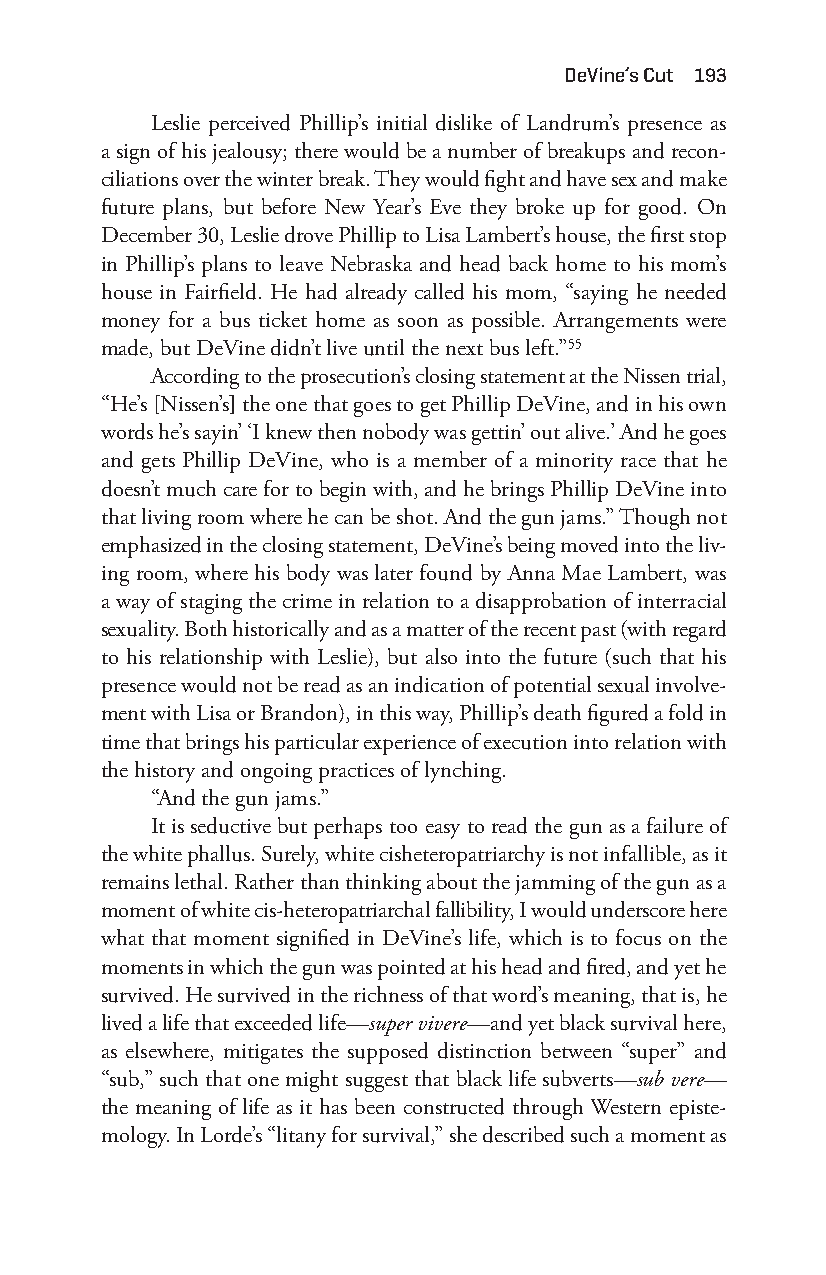
deVine’s cut 193
 Leslie perceived Phillip’s initial dislike of Landrum’s presence as
 a sign of his jealousy; there would be a number of breakups and recon-
 ciliations over the winter break. They would fight and have sex and make
 future plans, but before New Year’s Eve they broke up for good. On
 December 30, Leslie drove Phillip to Lisa Lambert’s house, the first stop
 in Phillip’s plans to leave Nebraska and head back home to his mom’s
 house in Fairfield. He had already called his mom, “saying he needed
 money for a bus ticket home as soon as possible. Arrangements were
 made, but DeVine didn’t live until the next bus left.”55
 According to the prosecution’s closing statement at the Nissen trial,
 “He’s [Nissen’s] the one that goes to get Phillip DeVine, and in his own
 words he’s sayin’ ‘I knew then nobody was gettin’ out alive.’ And he goes
 and gets Phillip DeVine, who is a member of a minority race that he
 doesn’t much care for to begin with, and he brings Phillip DeVine into
 that living room where he can be shot. And the gun jams.” Though not
 emphasized in the closing statement, DeVine’s being moved into the liv-
 ing room, where his body was later found by Anna Mae Lambert, was
 a way of staging the crime in relation to a disapprobation of interracial
 sexuality. Both historically and as a matter of the recent past (with regard
 to his relationship with Leslie), but also into the future (such that his
 presence would not be read as an indication of potential sexual involve-
 ment with Lisa or Brandon), in this way, Phillip’s death figured a fold in
 time that brings his particular experience of execution into relation with
 the history and ongoing practices of lynching.
 “And the gun jams.”
 It is seductive but perhaps too easy to read the gun as a failure of
 the white phallus. Surely, white cisheteropatriarchy is not infallible, as it
 remains lethal. Rather than thinking about the jamming of the gun as a
 moment of white cis- heteropatriarchal fallibility, I would underscore here
 what that moment signified in DeVine’s life, which is to focus on the
 moments in which the gun was pointed at his head and fired, and yet he
 survived. He survived in the richness of that word’s meaning, that is, he
 lived a life that exceeded life— super vivere— and yet black survival here,
 as elsewhere, mitigates the supposed distinction between “super” and
 “sub,” such that one might suggest that black life subverts—s ub vere—
 the meaning of life as it has been constructed through Western episte-
 mology. In Lorde’s “litany for survival,” she described such a moment as
 Snorton.indd 193                            29/09/2017 8:41:10 AM